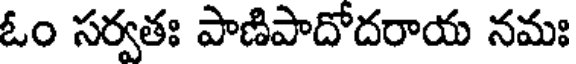
ఓం సర్వతః పాణిపాదోదరాయ నమః